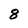
Character: 8